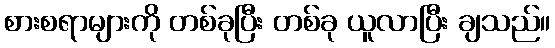
စားစရာများကို တစ်ခုပြီး တစ်ခု ယူလာပြီး ချသည်။